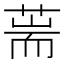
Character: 𦵓